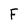
Character: F